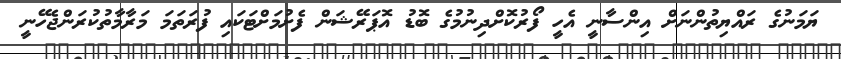
ޔަމަނުގެ ރައްޔިތުންނަށް އިންސާނީ އެހީ ފޯރުކޮށްދިނުމުގެ ބޮޑު އޮޕަރޭޝަން ފެށުމަށްޓަކައި ފުރަތަމަ މަރާމާތުކުރަންޖެހޭނީ